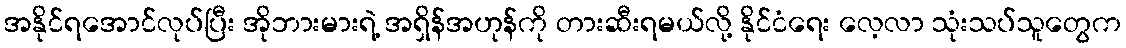
အနိုင်ရအောင်လုပ်ပြီး အိုဘားမားရဲ့ အရှိန်အဟုန်ကို တားဆီးရမယ်လို့ နိုင်ငံရေး လေ့လာ သုံးသပ်သူတွေက